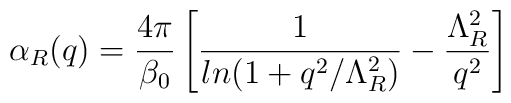
\alpha_R(q)=\frac{4\pi}{\beta_0}\left[\frac{1}{ln(1+q^2/\Lambda^2_R)}-\frac{\Lambda^2_R}{q^2}\right]